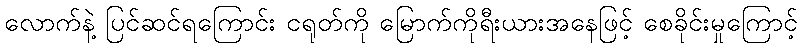
လောက်နဲ့ ပြင်ဆင်ရကြောင်း ငရုတ်ကို မြောက်ကိုရီးယားအနေဖြင့် စေခိုင်းမှုကြောင့်